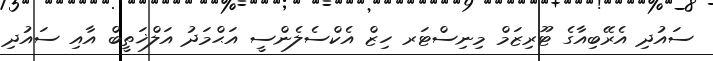
ސައުދި އެރޭބިއާގެ ޓޫރިޒަމް މިނިސްޓަރ ހިޒް އެކްސެލެންސީ އަޙްމަދު އަލްޚަތީބް އާއި ސައުދި